Veterinary [1916] -
Year: 1916
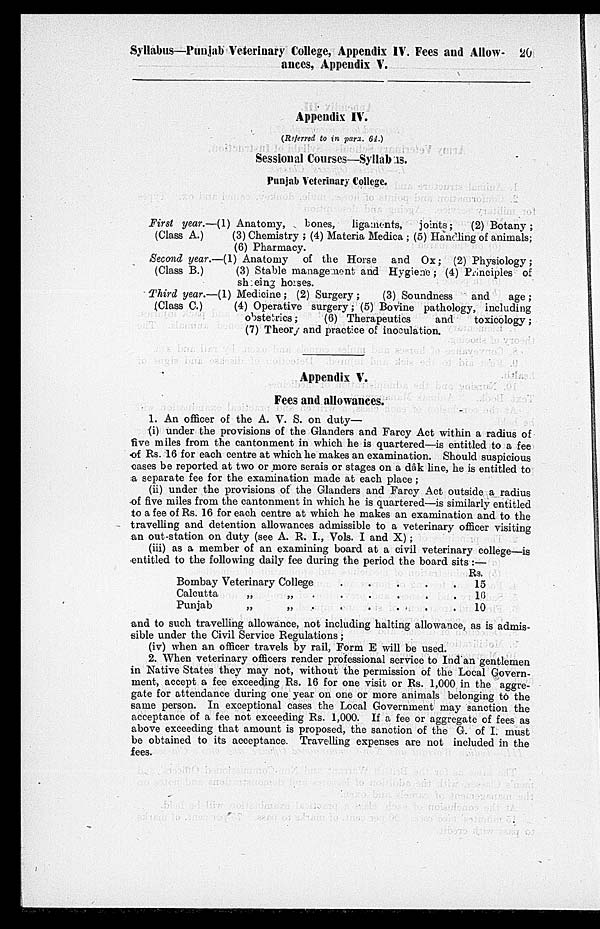
Syllabus—Punjab Veterinary College, Appendix IV. Fees and Allow- 20
ances, Appendix V.
Appendix IV.
(Referred to in para. 64.)
Sessional Courses—Syllabus.
Punjab Veterinary College.
First year.—(1) Anatomy,
bones, ligaments, joints;
(2) Botany;
(Class A.)
(3) Chemistry ; (4) Materia Medica ; (5) Handling of animals;
(6) Pharmacy.
Second year.—(1) Anatomy of the Horse and Ox; (2) Physiology;
(Class B.)
(3) Stable management and Hygiene ; (4) Principles of
shoeing horses.
Third year.—(1) Medicine; (2) Surgery;
(3) Soundness
and
age;
(Class C.)
(4) Operative surgery; (5) Bovine pathology, including
obstetrics;
(6) Therapeutics
and
toxicology;
(7) Theory and practice of inoculation.
Appendix V.
Fees and allowances.
1. An officer of the A. V. S. on duty—
(i) under the provisions of the Glanders and Farcy Act within a radius of
five miles from the cantonment in which he is quartered—is entitled to a fee
of Rs. 16 for each centre at which he makes an examination. Should suspicious
cases be reported at two or more serais or stages on a dâk line, he is entitled to
a separate fee for the examination made at each place;
(ii) under the provisions of the Glanders and Farcy Act outside a radius
of five miles from the cantonment in which he is quartered—is similarly entitled
to a fee of Rs. 16 for each centre at which he makes an examination and to the
travelling and detention allowances admissible to a veterinary officer visiting
an out-station on duty (see A. R. I., Vols. I and X);
(iii) as a member of an examining board at a civil veterinary college—is
entitled to the following daily fee during the period the board sits:—
Bombay Veterinary College . . . .
Calcutta
„
„
.
. . . . .
Punjab
„
„ . . . . . .
Rs.
15
16
10
and to such travelling allowance, not including halting allowance, as is admis-
sible under the Civil Service Regulations;
(iv) when an officer travels by rail, Form E will be used.
2. When veterinary officers render professional service to Indian gentlemen
in Native States they may not, without the permission of the Local Govern-
ment, accept a fee exceeding Rs. 16 for one visit or Rs. 1,000 in the aggre-
gate for attendance during one year on one or more animals belonging to the
same person. In exceptional cases the Local Government may sanction the
acceptance of a fee not exceeding Rs. 1,000. If a fee or aggregate of fees as
above exceeding that amount is proposed, the sanction of the G. of I. must
be obtained to its acceptance. Travelling expenses are not included in the
fees.